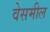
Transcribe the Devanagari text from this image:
वेसमील